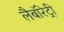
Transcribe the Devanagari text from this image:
लैबॉरेट्री